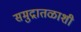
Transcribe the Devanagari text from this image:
समुद्रातळाशी